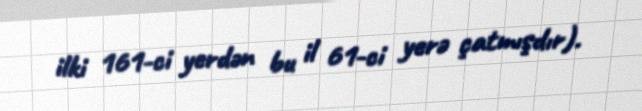
ilki 161-ci yerdən bu il 61-ci yerə çatmışdır).